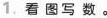
1. 看图写数。